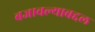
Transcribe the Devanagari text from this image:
बजावल्याबद्दल